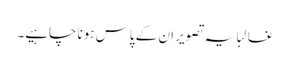
غالبًا یہ تصویر ان کے پاس ہونا چاہیے۔